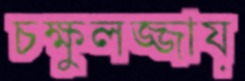
চক্ষুলজ্জায়